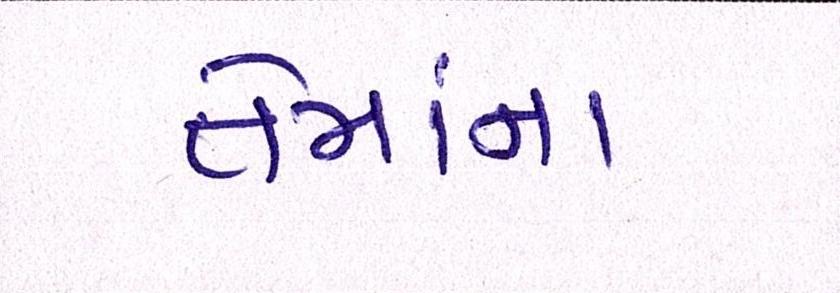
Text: તેમાંના